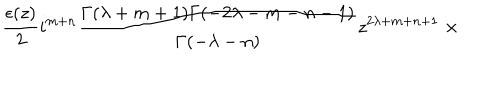
\frac { \epsilon ( z ) } { 2 } i ^ { m + n } \frac { \Gamma ( \lambda + m + 1 ) \Gamma ( - 2 \lambda - m - n - 1 ) } { \Gamma ( - \lambda - n ) } z ^ { 2 \lambda + m + n + 1 } \; \times